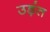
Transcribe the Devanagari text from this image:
उड़ंत